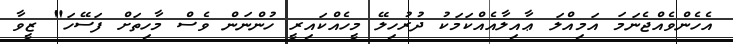
އެހެންވެއްޖެނަމަ އަމިއްލަ ޢާއިލާއެއްކަމަކު ދުރުހިލޭ މީހެއްކައިރީ ހުންނަން ވެސް މާހިތަށް ފަސޭހަ" ޒީވާ